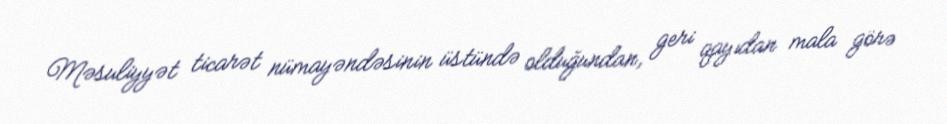
Məsuliyyət ticarət nümayəndəsinin üstündə olduğundan, geri qayıdan mala görə